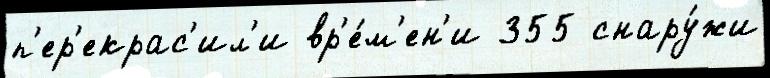
п'ер'екрас'ил'и вр'е́м'ен'и 355 снару́жи